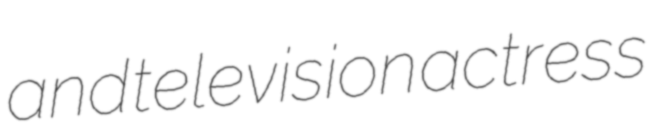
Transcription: and television actress